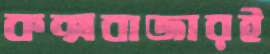
কক্সবাজারই